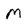
Character: M